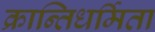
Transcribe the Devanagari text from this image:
क्रान्तिधर्मिता